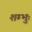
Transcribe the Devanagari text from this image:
शम्भुः